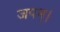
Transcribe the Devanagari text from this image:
जपम्‌।